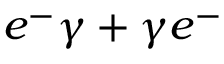
e ^ { - } \gamma + \gamma e ^ { - }